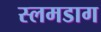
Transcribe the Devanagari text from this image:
स्लमडाग